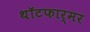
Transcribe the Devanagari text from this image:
थॉटफार्मर